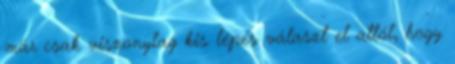
már csak viszonylag kis lépés választ el attól, hogy